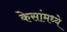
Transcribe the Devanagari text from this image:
केसांमध्ये